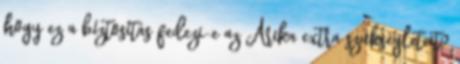
hogy ez a bíztosítás fedezi-e az Arika extra szükségleteit?